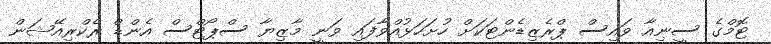
ޓޮމްގެ ސީނިއާ ވައިސް ޕްރެޒިޑެންޓަކަށް ހުށަހަޅުއްވާފައި ވަނީ މާޒިޔާ ސްޕޯޓްސް އެންޑް ރެކްރިއޭޝަން